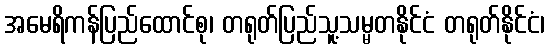
အမေရိကန်ပြည်ထောင်စု၊ တရုတ်ပြည်သူ့သမ္မတနိုင်ငံ တရုတ်နိုင်ငံ၊